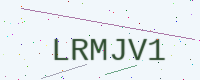
Text: LRMJV1